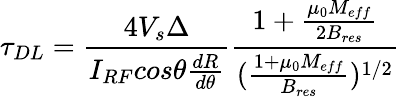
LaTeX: \tau_{DL}=\frac{4V_{s}\Delta}{I_{RF}cos\theta\frac{dR}{d\theta}}\frac{1+\frac{\mu_{0}M_{eff}}{2B_{res}}}{(\frac{1+\mu_{0}M_{eff}}{B_{res}})^{1/2}}